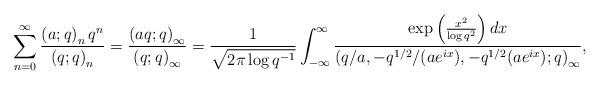
LaTeX: \begin{align*}\sum_{n=0}^{\infty}\frac{\left(a;q\right)_{n}q^{n}}{\left(q;q\right)_{n}}=\frac{\left(aq;q\right)_{\infty}}{\left(q;q\right)_{\infty}}=\frac{1}{\sqrt{2\pi\log q^{-1}}}\int_{-\infty}^{\infty}\frac{\exp\left(\frac{x^{2}}{\log q^{2}}\right)dx}{\left(q/a,-q^{1/2}/(ae^{ix}),-q^{1/2}(ae^{ix});q\right)_{\infty}},\end{align*}